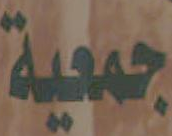
جمعية